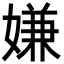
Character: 嫌